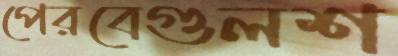
পেরবেগুলশ